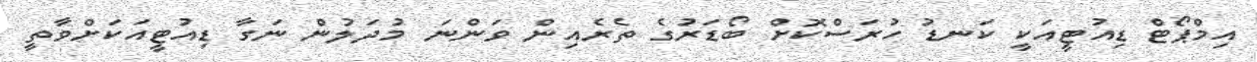
އިމްޕޯޓް ޑިއުޓީއަކީ ކަނޑު ހުރަސްކޮށް ބޯޑަރުގެ ތެރެއިން ވަންނަ މުދަލުން ނަގާ ޑިއުޓީއަކަށްވާތީ